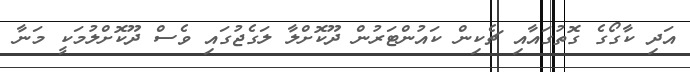
އަދި ކާގޯގެ ގޮތުގައާއި ޗެކިން ކައުންޓަރުން ދޫކޮށްލާ ލަގެޖުގައި ވެސް ދޫކޮށްލުމަކީ މަނާ